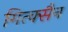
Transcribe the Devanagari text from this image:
गित्क्सैन